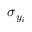
\sigma _ { y _ { i } }